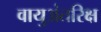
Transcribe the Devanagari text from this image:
वायुअंतरिक्ष